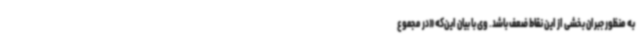
به منظور جبران بخشی از این نقاط ضعف باشد. وی با بیان این‌که «در مجموع